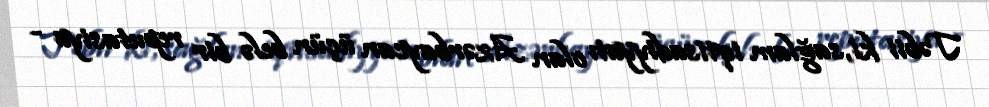
Təbii ki, sağlam iqtisadiyyatı olan Azərbaycan üçün belə bir reputasiya -